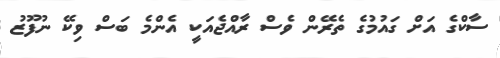
ސާކްގެ އަށް ގައުމުގެ ތެރޭން ވެސް ރާއްޖެއަކީ އެންމެ ބަސް ވިކޭ ނުފޫޒު